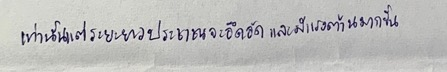
เท่านั้นแต่ระยะยาวประชาชนจะอึดอัดและมีแรงต้านมากขึ้น